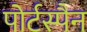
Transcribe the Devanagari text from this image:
पोर्टस्पैन